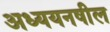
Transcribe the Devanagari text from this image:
अध्ययनषील